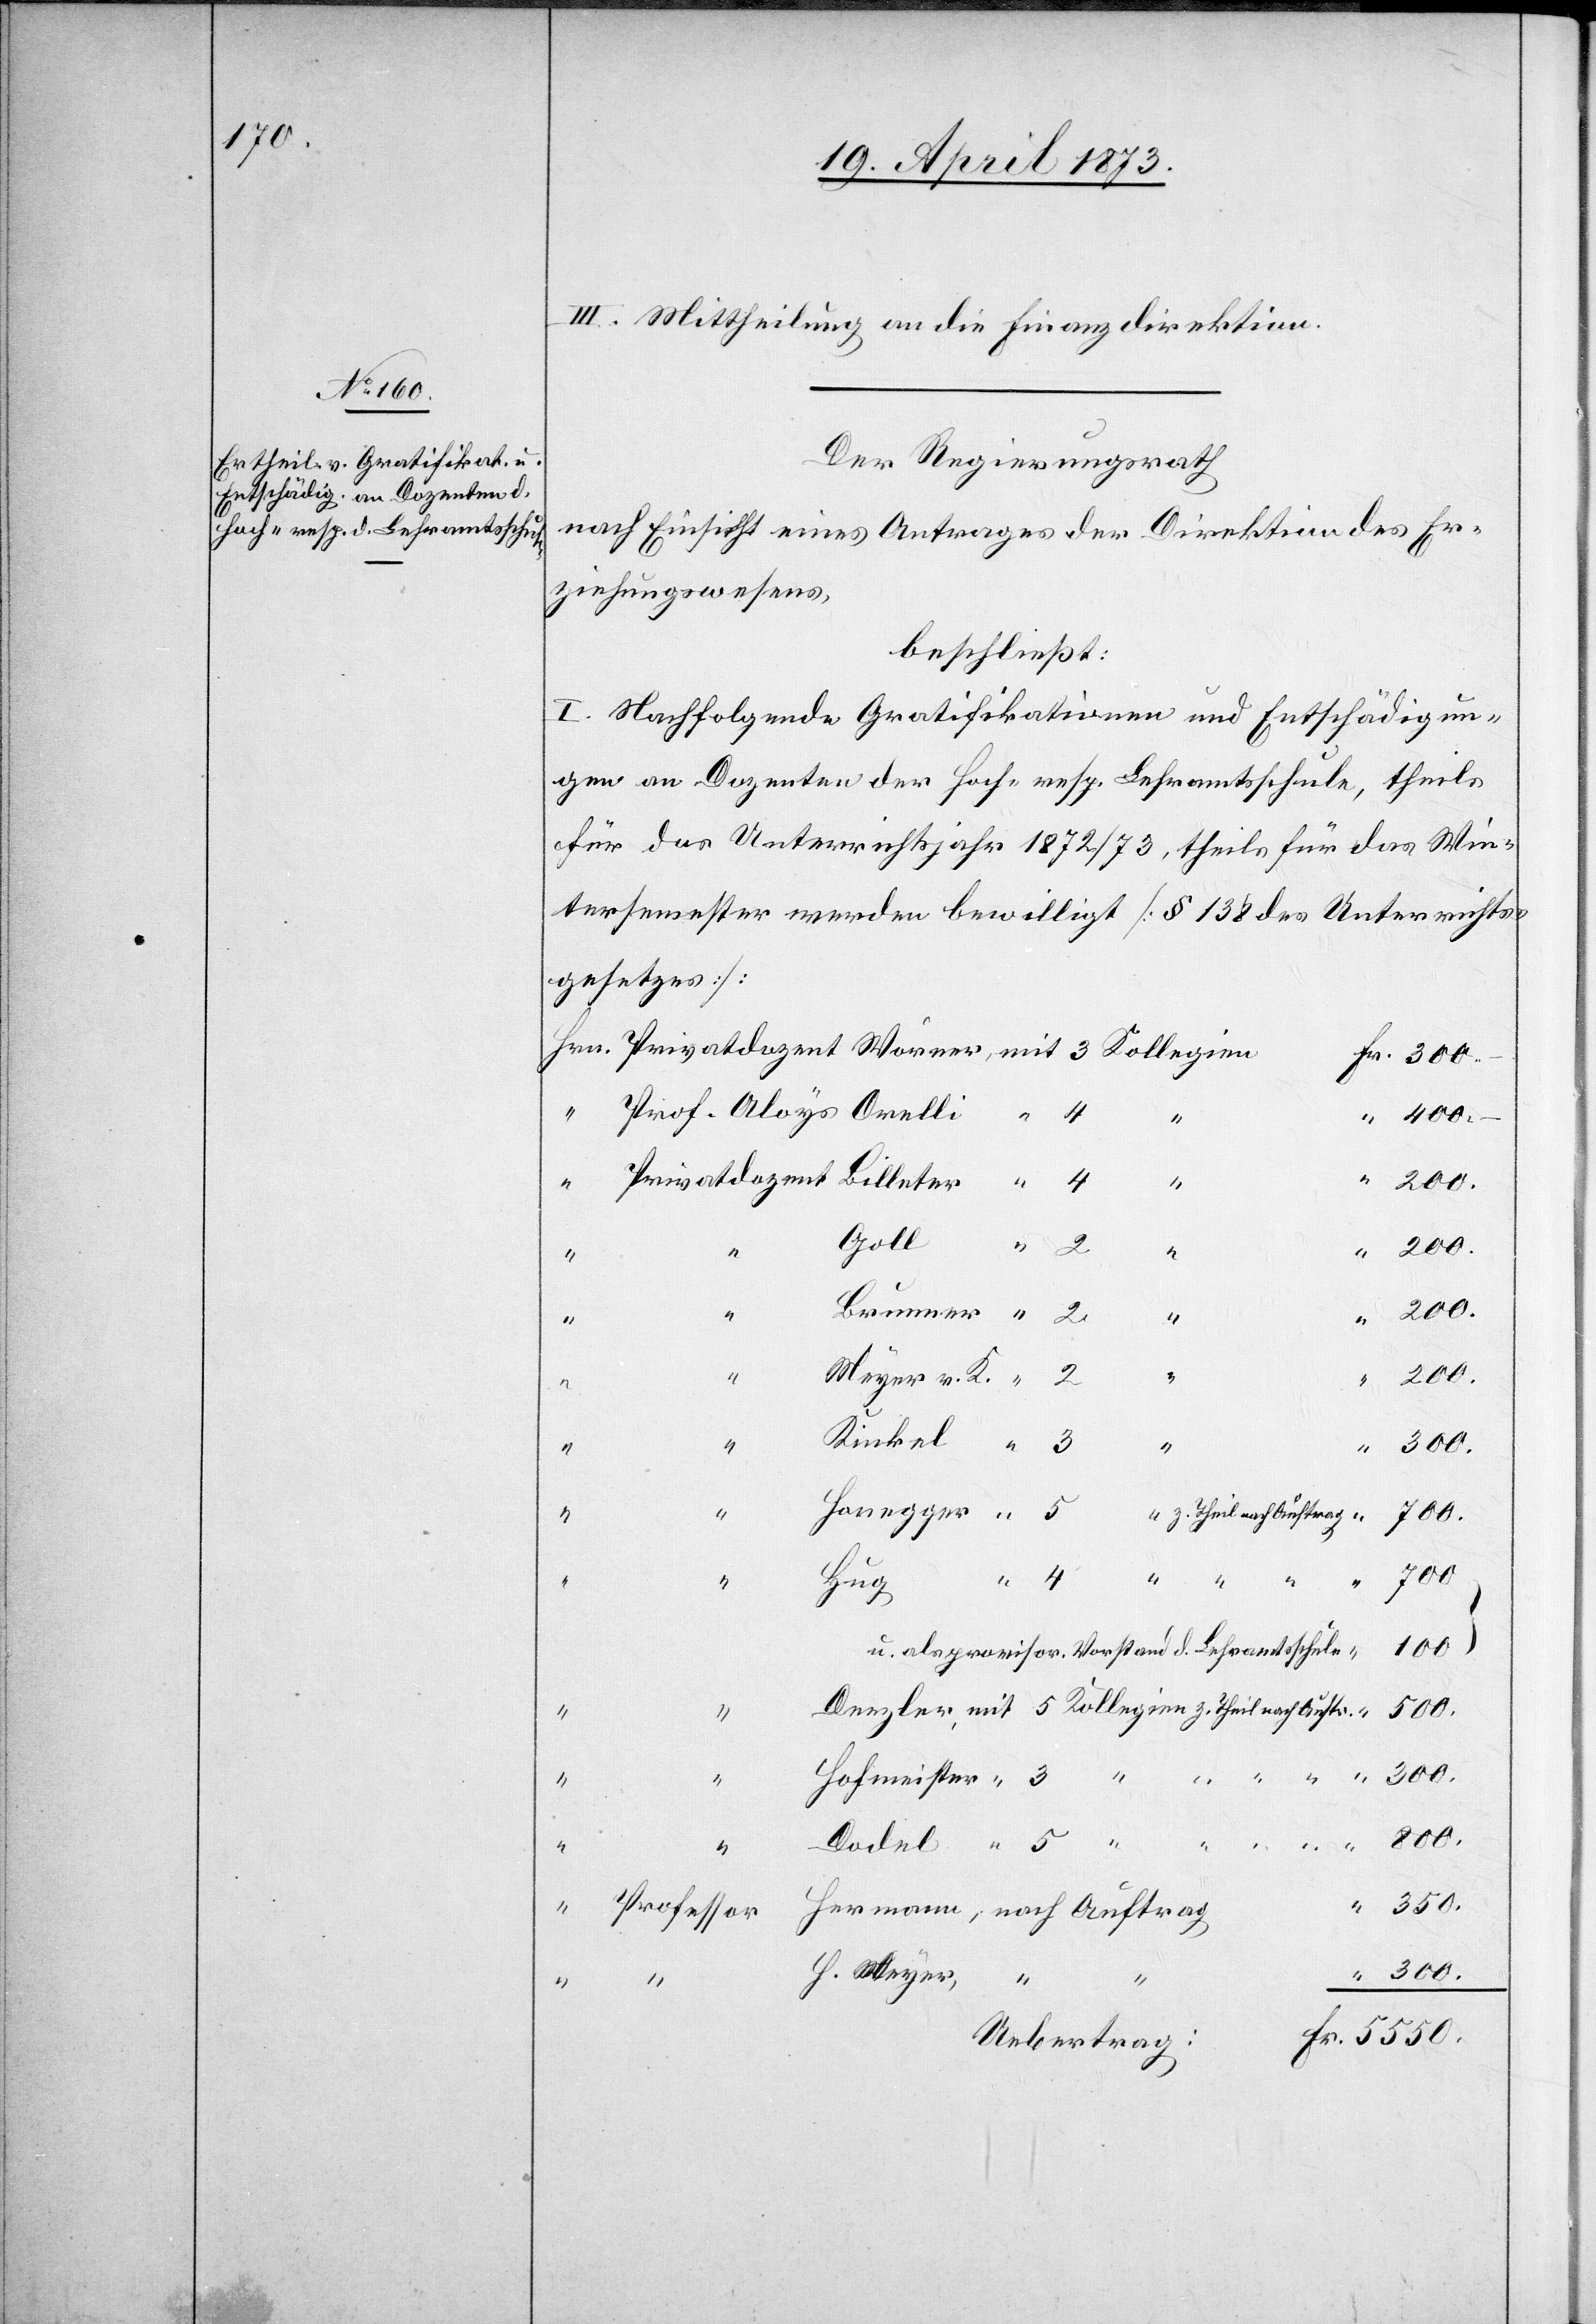
“

“

III. Mittheilung an die Finanzdirektion.
Der Regierungsrath
nach Einsicht eines Antrages der Direktion der Er¬
ziehungswesens,
beschließt:
I. Nachfolgende Gratifikationen und Entschädigun¬
gen an Dozenten der Hoch- resp. Lehramtsschule, theils
für das Unterrichtsjahr 1872/73, theils für das Win¬
tersemester werden bewilligt [§ 138 des Unterrichts¬
gesetzes]:
4
Auftrag
200.
Meyer v. K.
gien z.
700
nach
Her¬
u. als provisor. Vorstand d. Lehramtsschule
300.
350.
Professor
S. Meyer,